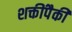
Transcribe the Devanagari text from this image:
शक्तींपैकी